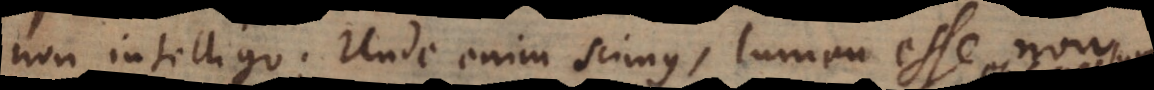
non intelligo. Unde enim scimus, lumen esse non